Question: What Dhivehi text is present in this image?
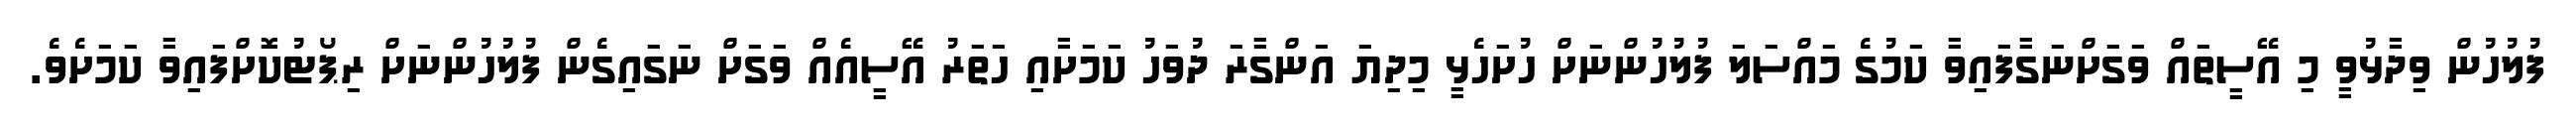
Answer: ފުލުހުން ވިދާޅުވީ މި އޭސީތައް ވަގަށްނަގާފައިވާ ކަމުގެ މައްސަލަ ފުލުހުންނަށް ހުށަހެޅީ މިދިޔަ އަންގާރަ ދުވަހު ކަމަށާއި ހަތަރު އޭސީއެއް ވަގަށް ނަގައިގެން ފުލުހުންނަށް ރިޕޯޓުކޮށްފައިވާ ކަމަށެވެ.